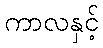
ကာလနှင့်